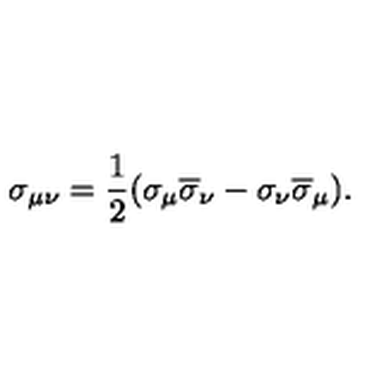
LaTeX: \sigma _ { \mu \nu } = \frac 1 2 ( \sigma _ { \mu } \overline { { \sigma } } _ { \nu } - \sigma _ { \nu } \overline { { \sigma } } _ { \mu } ) .